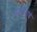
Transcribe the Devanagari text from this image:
अर्जनभाई